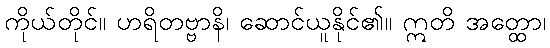
ကိုယ်တိုင်။ ဟရိတဗ္ဗာနိ၊ ဆောင်ယူနိုင်၏။ ဣတိ အတ္ထော၊